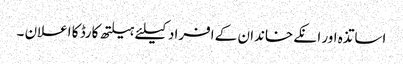
اساتذہ اور انکے خاندان کے افراد کیلئے ہیلتھ کارڈ کا اعلان ۔